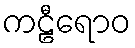
ကဠီရောဝ